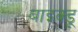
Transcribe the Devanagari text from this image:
बाइक्डू